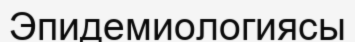
Эпидемиологиясы